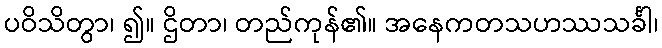
ပဝိသိတွာ၊ ၍။ ဌိတာ၊ တည်ကုန်၏။ အနေကတသဟဿသင်္ခါ၊